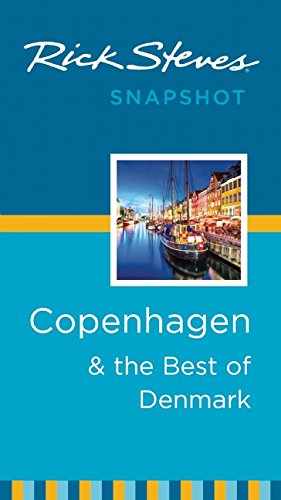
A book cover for Rick Steves Snapshot Copenhagen & the Best of Denmark; Rick Steves; Travel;